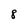
Character: 8